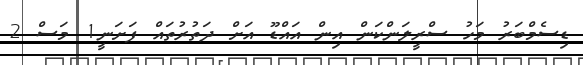
ޑިސެމްބަރު މަހު ސްރީލަންކަން އިން އައްޑޫ އަށް ދަތުރުތައް ފަށަނީ1 މަސް 2